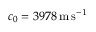
c _ { 0 } = 3 9 7 8 \, \mathrm { m \, s ^ { - 1 } }